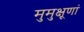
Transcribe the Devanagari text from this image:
मुमुक्षूणां